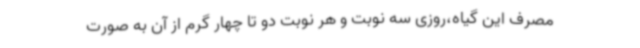
مصرف این گیاه،روزی سه نوبت و هر نوبت دو تا چهار گرم از آن به صورت